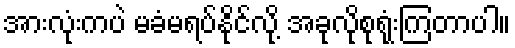
အားလုံးကပဲ မခံမရပ်နိုင်လို့ အခုလိုစုရုံးကြတာပါ။